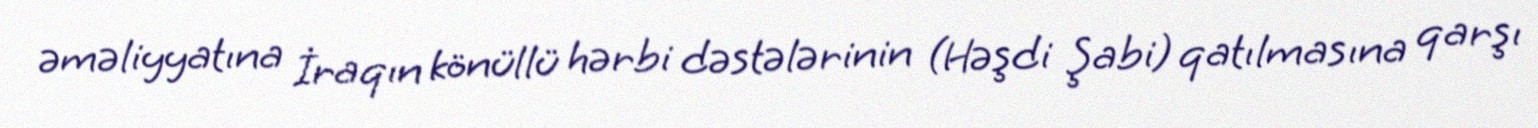
əməliyyatına İraqın könüllü hərbi dəstələrinin (Həşdi Şabi) qatılmasına qarşı